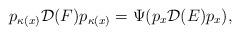
LaTeX: \begin{align*}p_{\kappa(x) } \mathcal{D}(F) p_{\kappa(x)} = \Psi ( p_x \mathcal{D} (E) p_x ),\end{align*}